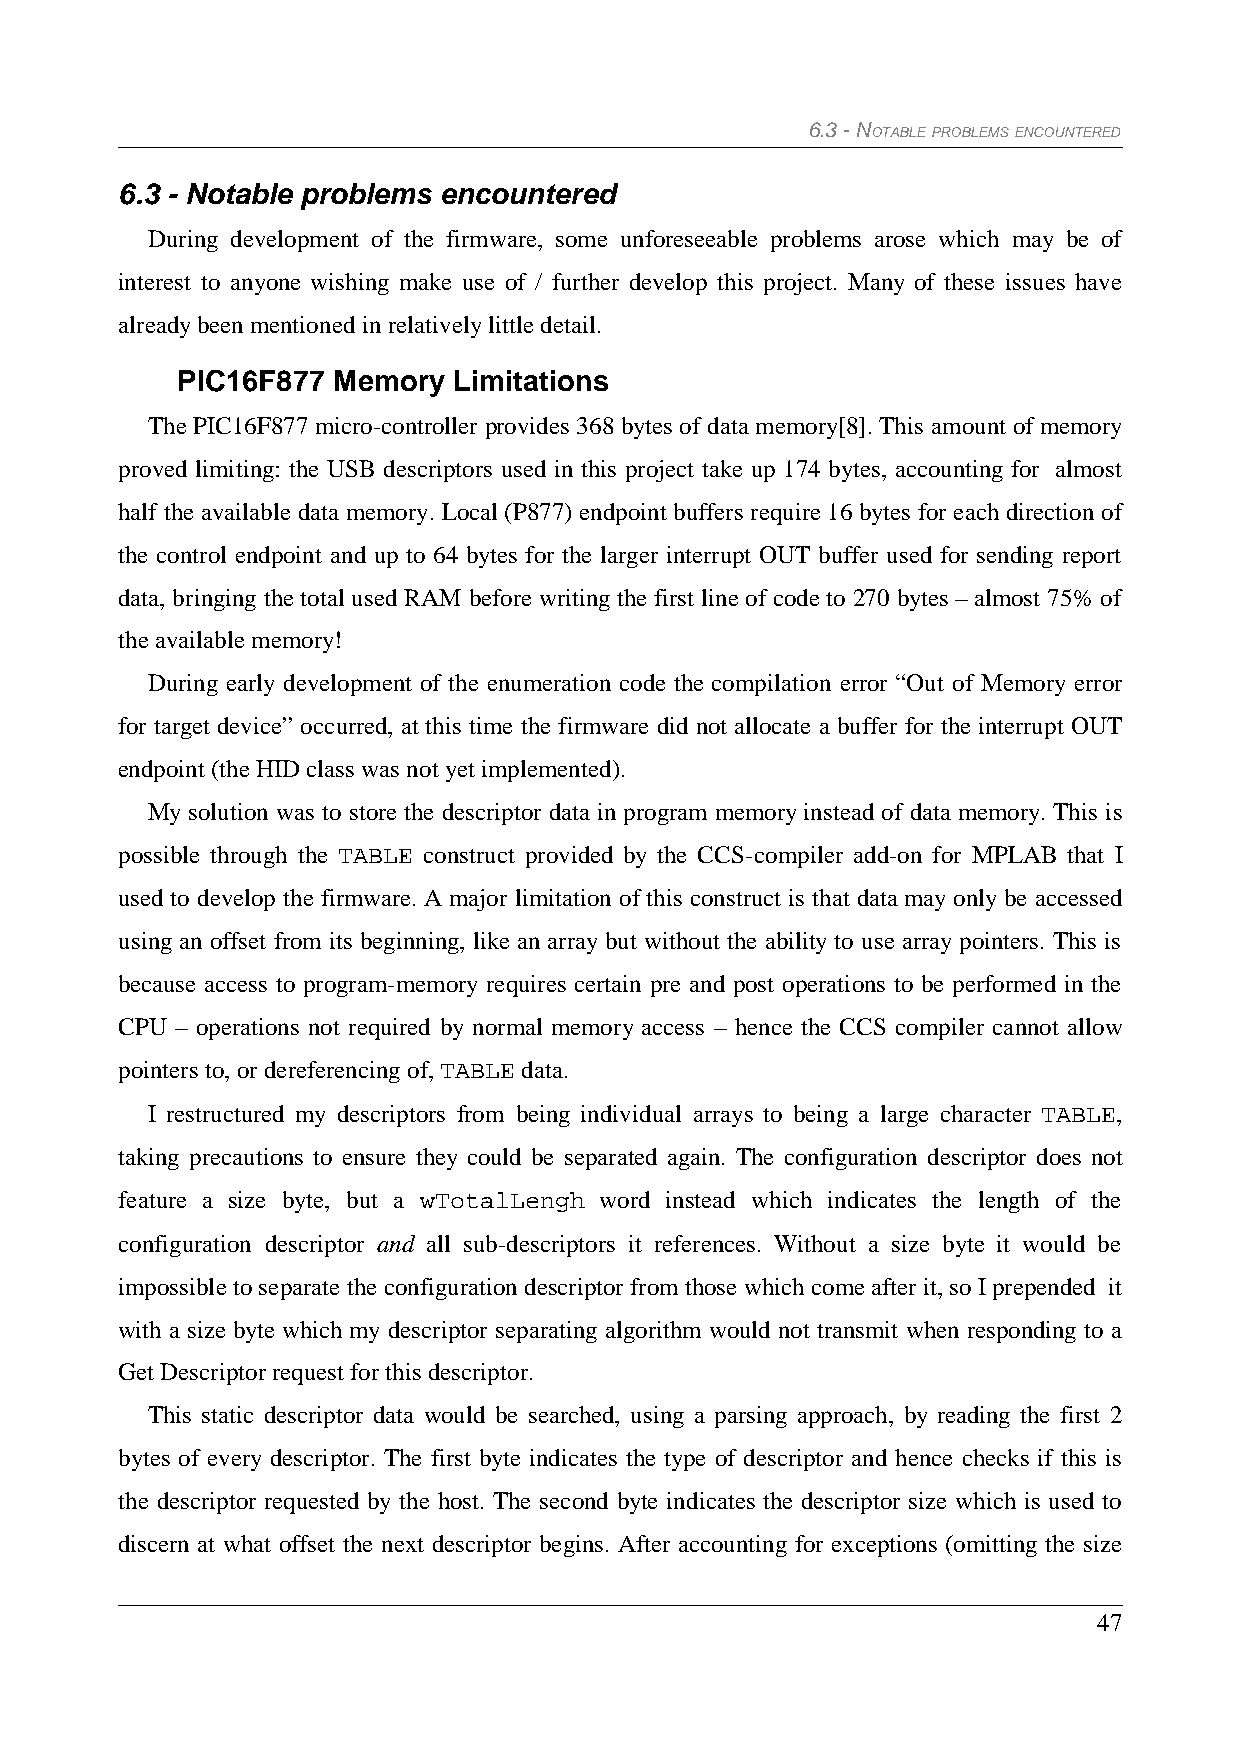
6.3 - NOTABLE PROBLEMS ENCOUNTERED
 6.3 - Notable problems encountered
 During development of the firmware, some unforeseeable problems arose which may be of
 interest to anyone wishing make use of / further develop this project. Many of these issues have
 already been mentioned in relatively little detail.
 PIC16F877 Memory  Limitations
 The PIC16F877 micro-controller provides 368 bytes of data memory[8]. This amount of memory
 proved limiting: the USB descriptors used in this project take up 174 bytes, accounting for almost
 half the available data memory. Local (P877) endpoint buffers require 16 bytes for each direction of
 the control endpoint and up to 64 bytes for the larger interrupt OUT buffer used for sending report
 data, bringing the total used RAM before writing the first line of code to 270 bytes – almost 75% of
 the available memory!
 During early development of the enumeration code the compilation error “Out of Memory error
 for target device” occurred, at this time the firmware did not allocate a buffer for the interrupt OUT
 endpoint (the HID class was not yet implemented).
 My solution was to store the descriptor data in program memory instead of data memory. This is
 possible through the TABLE construct provided by the CCS-compiler add-on for MPLAB that I
 used to develop the firmware. A major limitation of this construct is that data may only be accessed
 using an offset from its beginning, like an array but without the ability to use array pointers. This is
 because access to program-memory requires certain pre and post operations to be performed in the
 CPU – operations not required by normal memory access – hence the CCS compiler cannot allow
 pointers to, or dereferencing of, TABLE data.
 I restructured my descriptors from being individual arrays to being a large character TABLE,
 taking precautions to ensure they could be separated again. The configuration descriptor does not
 feature a size byte, but a wTotalLengh word instead which indicates the length of the
 configuration descriptor and all sub-descriptors it references. Without a size byte it would be
 impossible to separate the configuration descriptor from those which come after it, so I prepended it
 with a size byte which my descriptor separating algorithm would not transmit when responding to a
 Get Descriptor request for this descriptor.
 This static descriptor data would be searched, using a parsing approach, by reading the first 2
 bytes of every descriptor. The first byte indicates the type of descriptor and hence checks if this is
 the descriptor requested by the host. The second byte indicates the descriptor size which is used to
 discern at what offset the next descriptor begins. After accounting for exceptions (omitting the size
 47